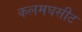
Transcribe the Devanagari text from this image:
कलमघसीट